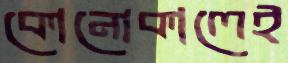
কোনোকালেই